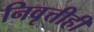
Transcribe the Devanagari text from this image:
निवृत्तीही